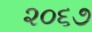
૨૦૬૭